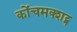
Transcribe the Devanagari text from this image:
कोंचमक्शट्म